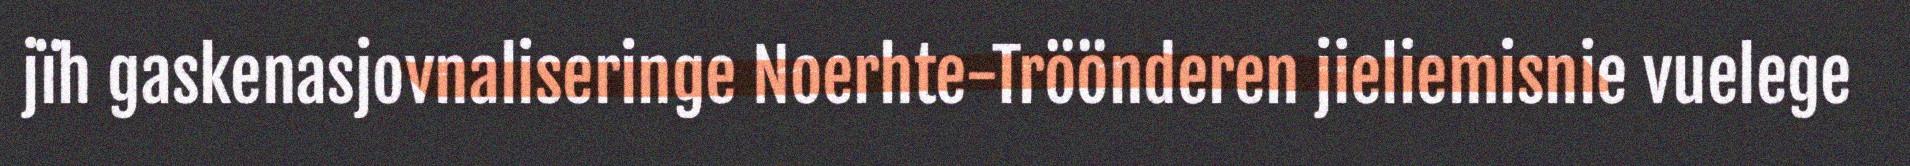
jïh gaskenasjovnaliseringe Noerhte-Tröönderen jieliemisnie vuelege